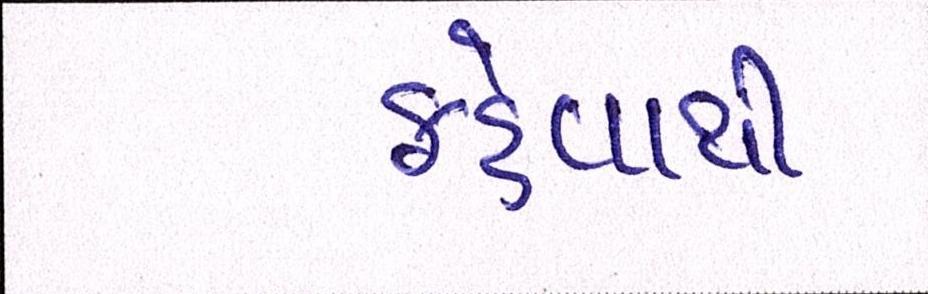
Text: કહેવાથી